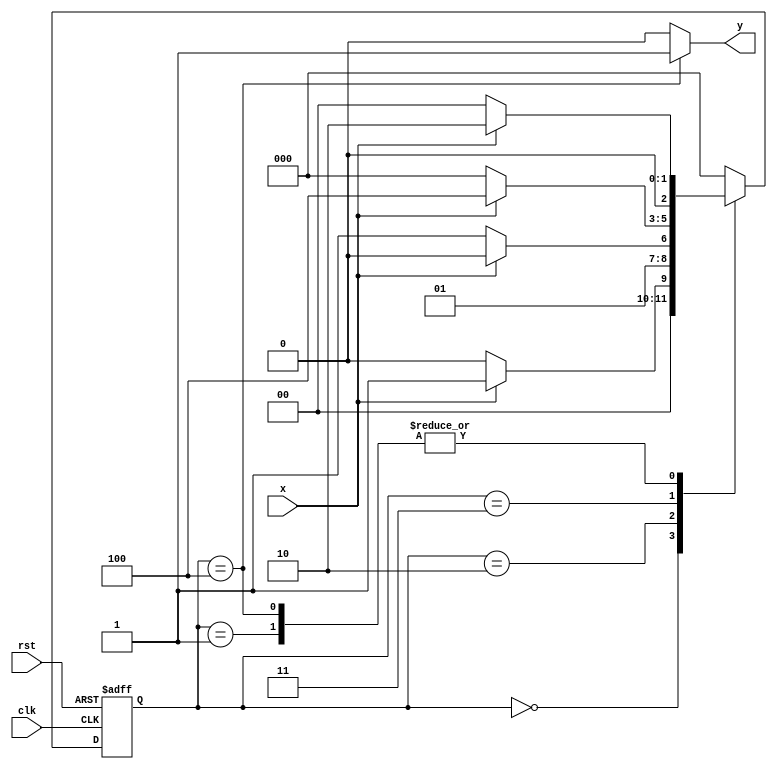
module pattern_det_1101_moore
(input clk,rst,x,
output reg y);

reg [2:0]state,next;
parameter gotN    = 3'b000,
		  got1    = 3'b001,
		  got11   = 3'b010,
		  got110  = 3'b011,
		  got1101 = 3'b100;

always @(posedge clk, negedge rst)
begin
	if(!rst)
		state <= gotN;
	else
		state <= next;
end

always @(x,state)
begin
	case(state)
		gotN : 	begin
					if(x)
						next = got1;
					else
						next = gotN;
				end
		got1 : 	begin
					if(x)
						next = got11;
					else
                 
						next = gotN;
				end
		got11: 	begin
					if(x)
						next = got11;
					else
						next = got110;
				end
	   got110:  begin
					if(x)
						next = got1101;
					else
						next = gotN;
				end
	  got1101: 	begin
					if(x)
						next = got11;
					else
						next = gotN;
				end
		default : next = gotN;
	endcase
end

always @(state)
begin
	case(state)
		got1101 : y = 1'b1;
		default : y = 1'b0;
	endcase
end

endmodule